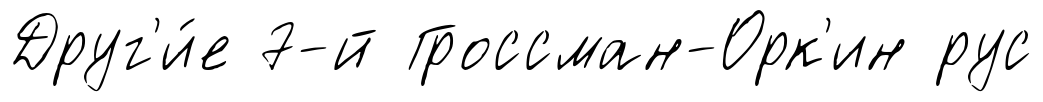
Друг'и́е 7-й Гроссман-Орк'ин рус